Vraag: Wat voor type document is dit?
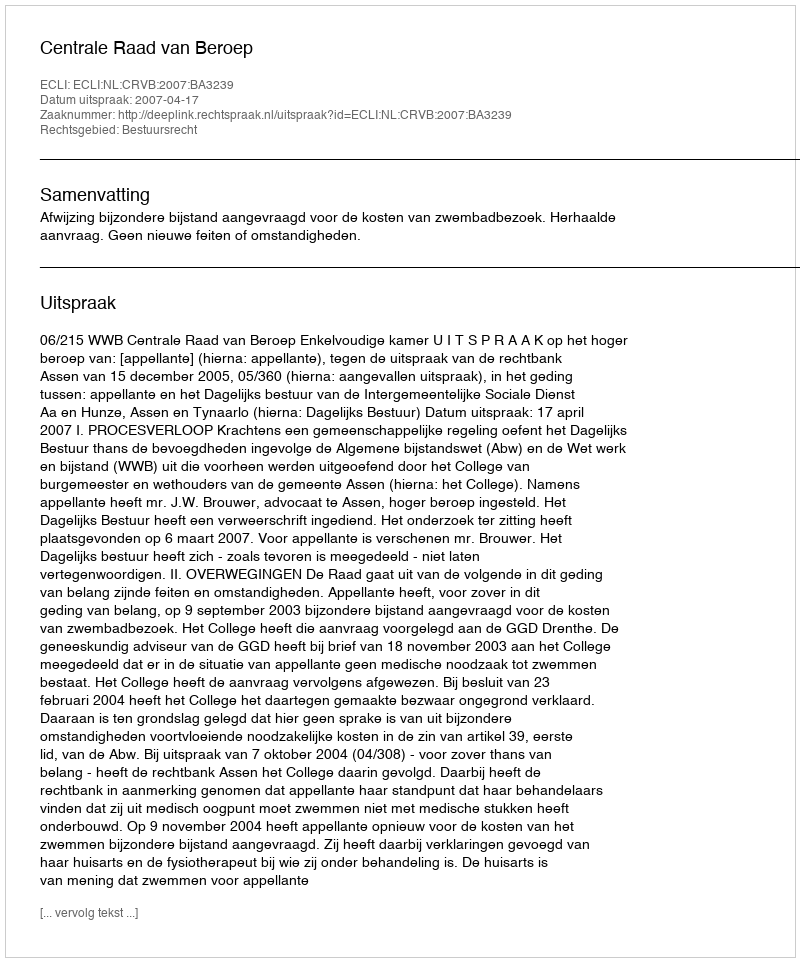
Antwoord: Uitspraak